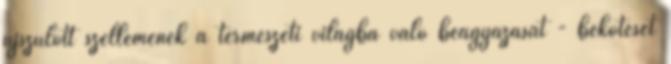
újszülött szellemének a természeti világba való beágyazását - bekötését